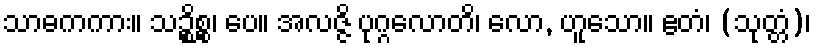
သာဓကကား။ သဉ္စိစ္စ၊ ပေ။ အလဇ္ဇိ ပုဂ္ဂလောတိ၊ လော, ဟူသော။ ဧတံ၊ (သုတ္တံ)၊